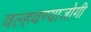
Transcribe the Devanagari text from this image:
वल्हवण्याजोगी